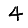
Digit: 4